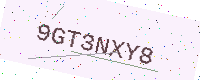
Text: 9GT3NXY8